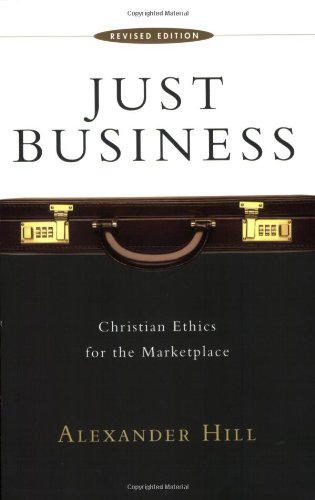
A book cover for Just Business: Christian Ethics for the Marketplace; Alexander Hill; Religion & Spirituality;